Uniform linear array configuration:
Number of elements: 48
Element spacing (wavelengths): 0.75
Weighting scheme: blackman
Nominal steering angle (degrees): -15
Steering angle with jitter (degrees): -15.473
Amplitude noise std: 0.05
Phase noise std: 0.05

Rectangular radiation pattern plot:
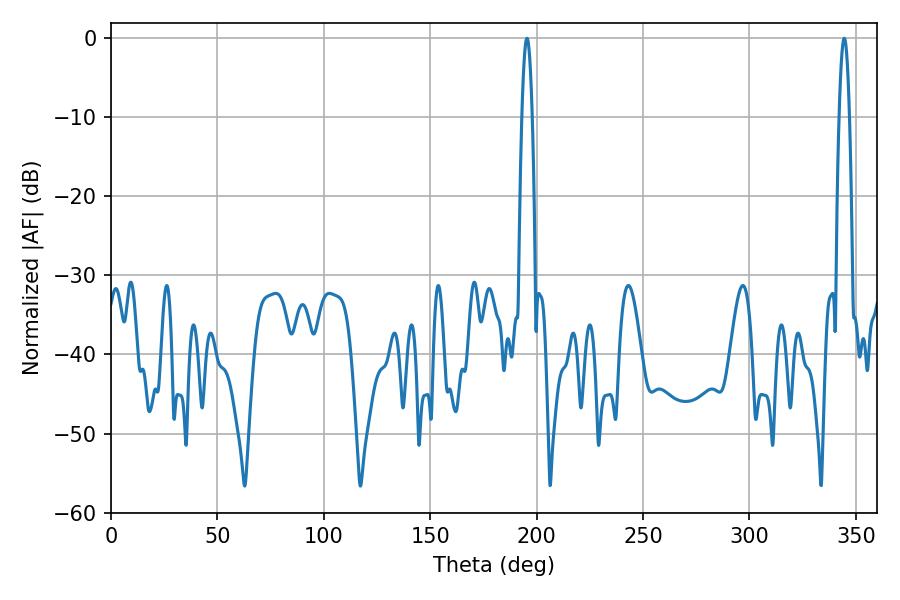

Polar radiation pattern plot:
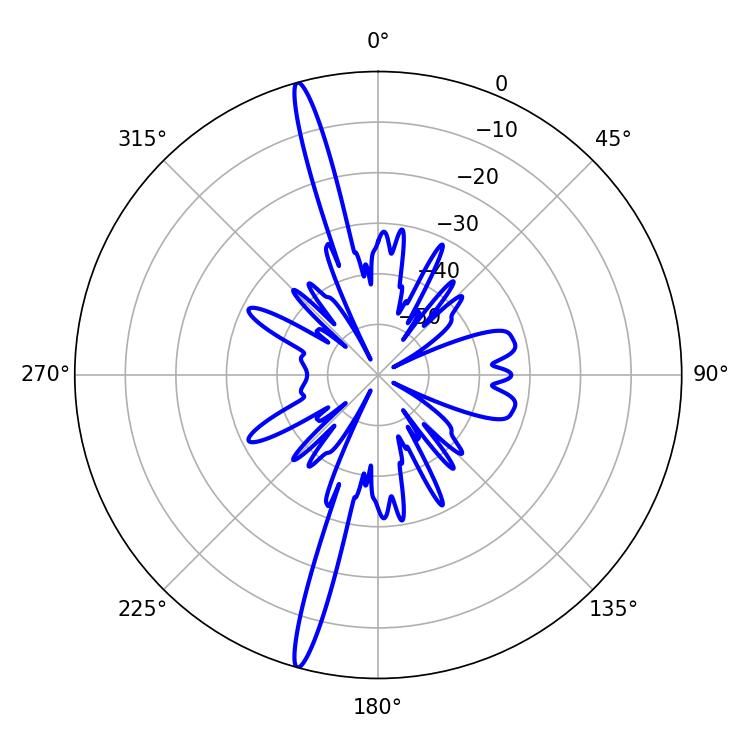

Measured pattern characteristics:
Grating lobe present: TRUE
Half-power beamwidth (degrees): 2.52
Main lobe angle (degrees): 195.48